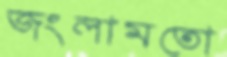
জংলামতো